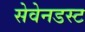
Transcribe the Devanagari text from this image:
सेवेनडस्ट